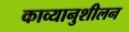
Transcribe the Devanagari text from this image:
काव्यानुशीलन